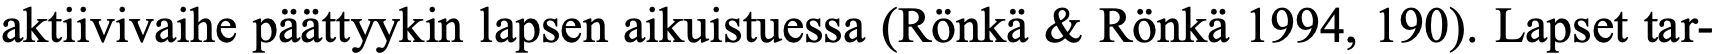
aktiivivaihe päättyykin lapsen aikuistuessa (Rönkä & Rönkä 1994, 190). Lapset tar-